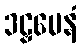
ဒဠှမေနံ